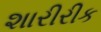
શારીરીક